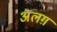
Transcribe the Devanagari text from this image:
अलग़